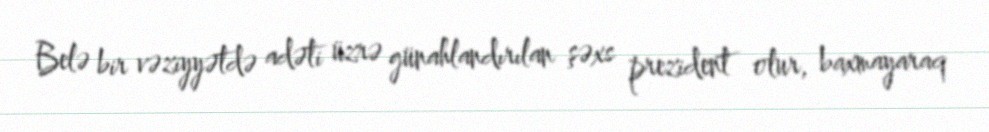
Belə bir vəziyyətdə adəti üzrə günahlandırılan şəxs prezident olur, baxmayaraq